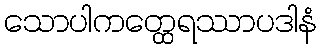
သောပါကတ္ထေရဿာပဒါနံ